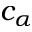
c _ { \alpha }